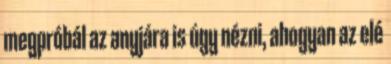
megpróbál az anyjára is úgy nézni, ahogyan az elé